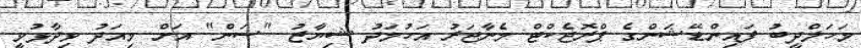
މަހަލްދީބު ފައިންޑޭޝަންގެ ޕްރޮޖެކްޓް މެނާޖަރު އަހުމަދު ޝިޔާޒު "ސަން" އަށް މިއަދު ވިދާޅުވީ